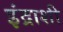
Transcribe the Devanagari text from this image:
इंद्राशी